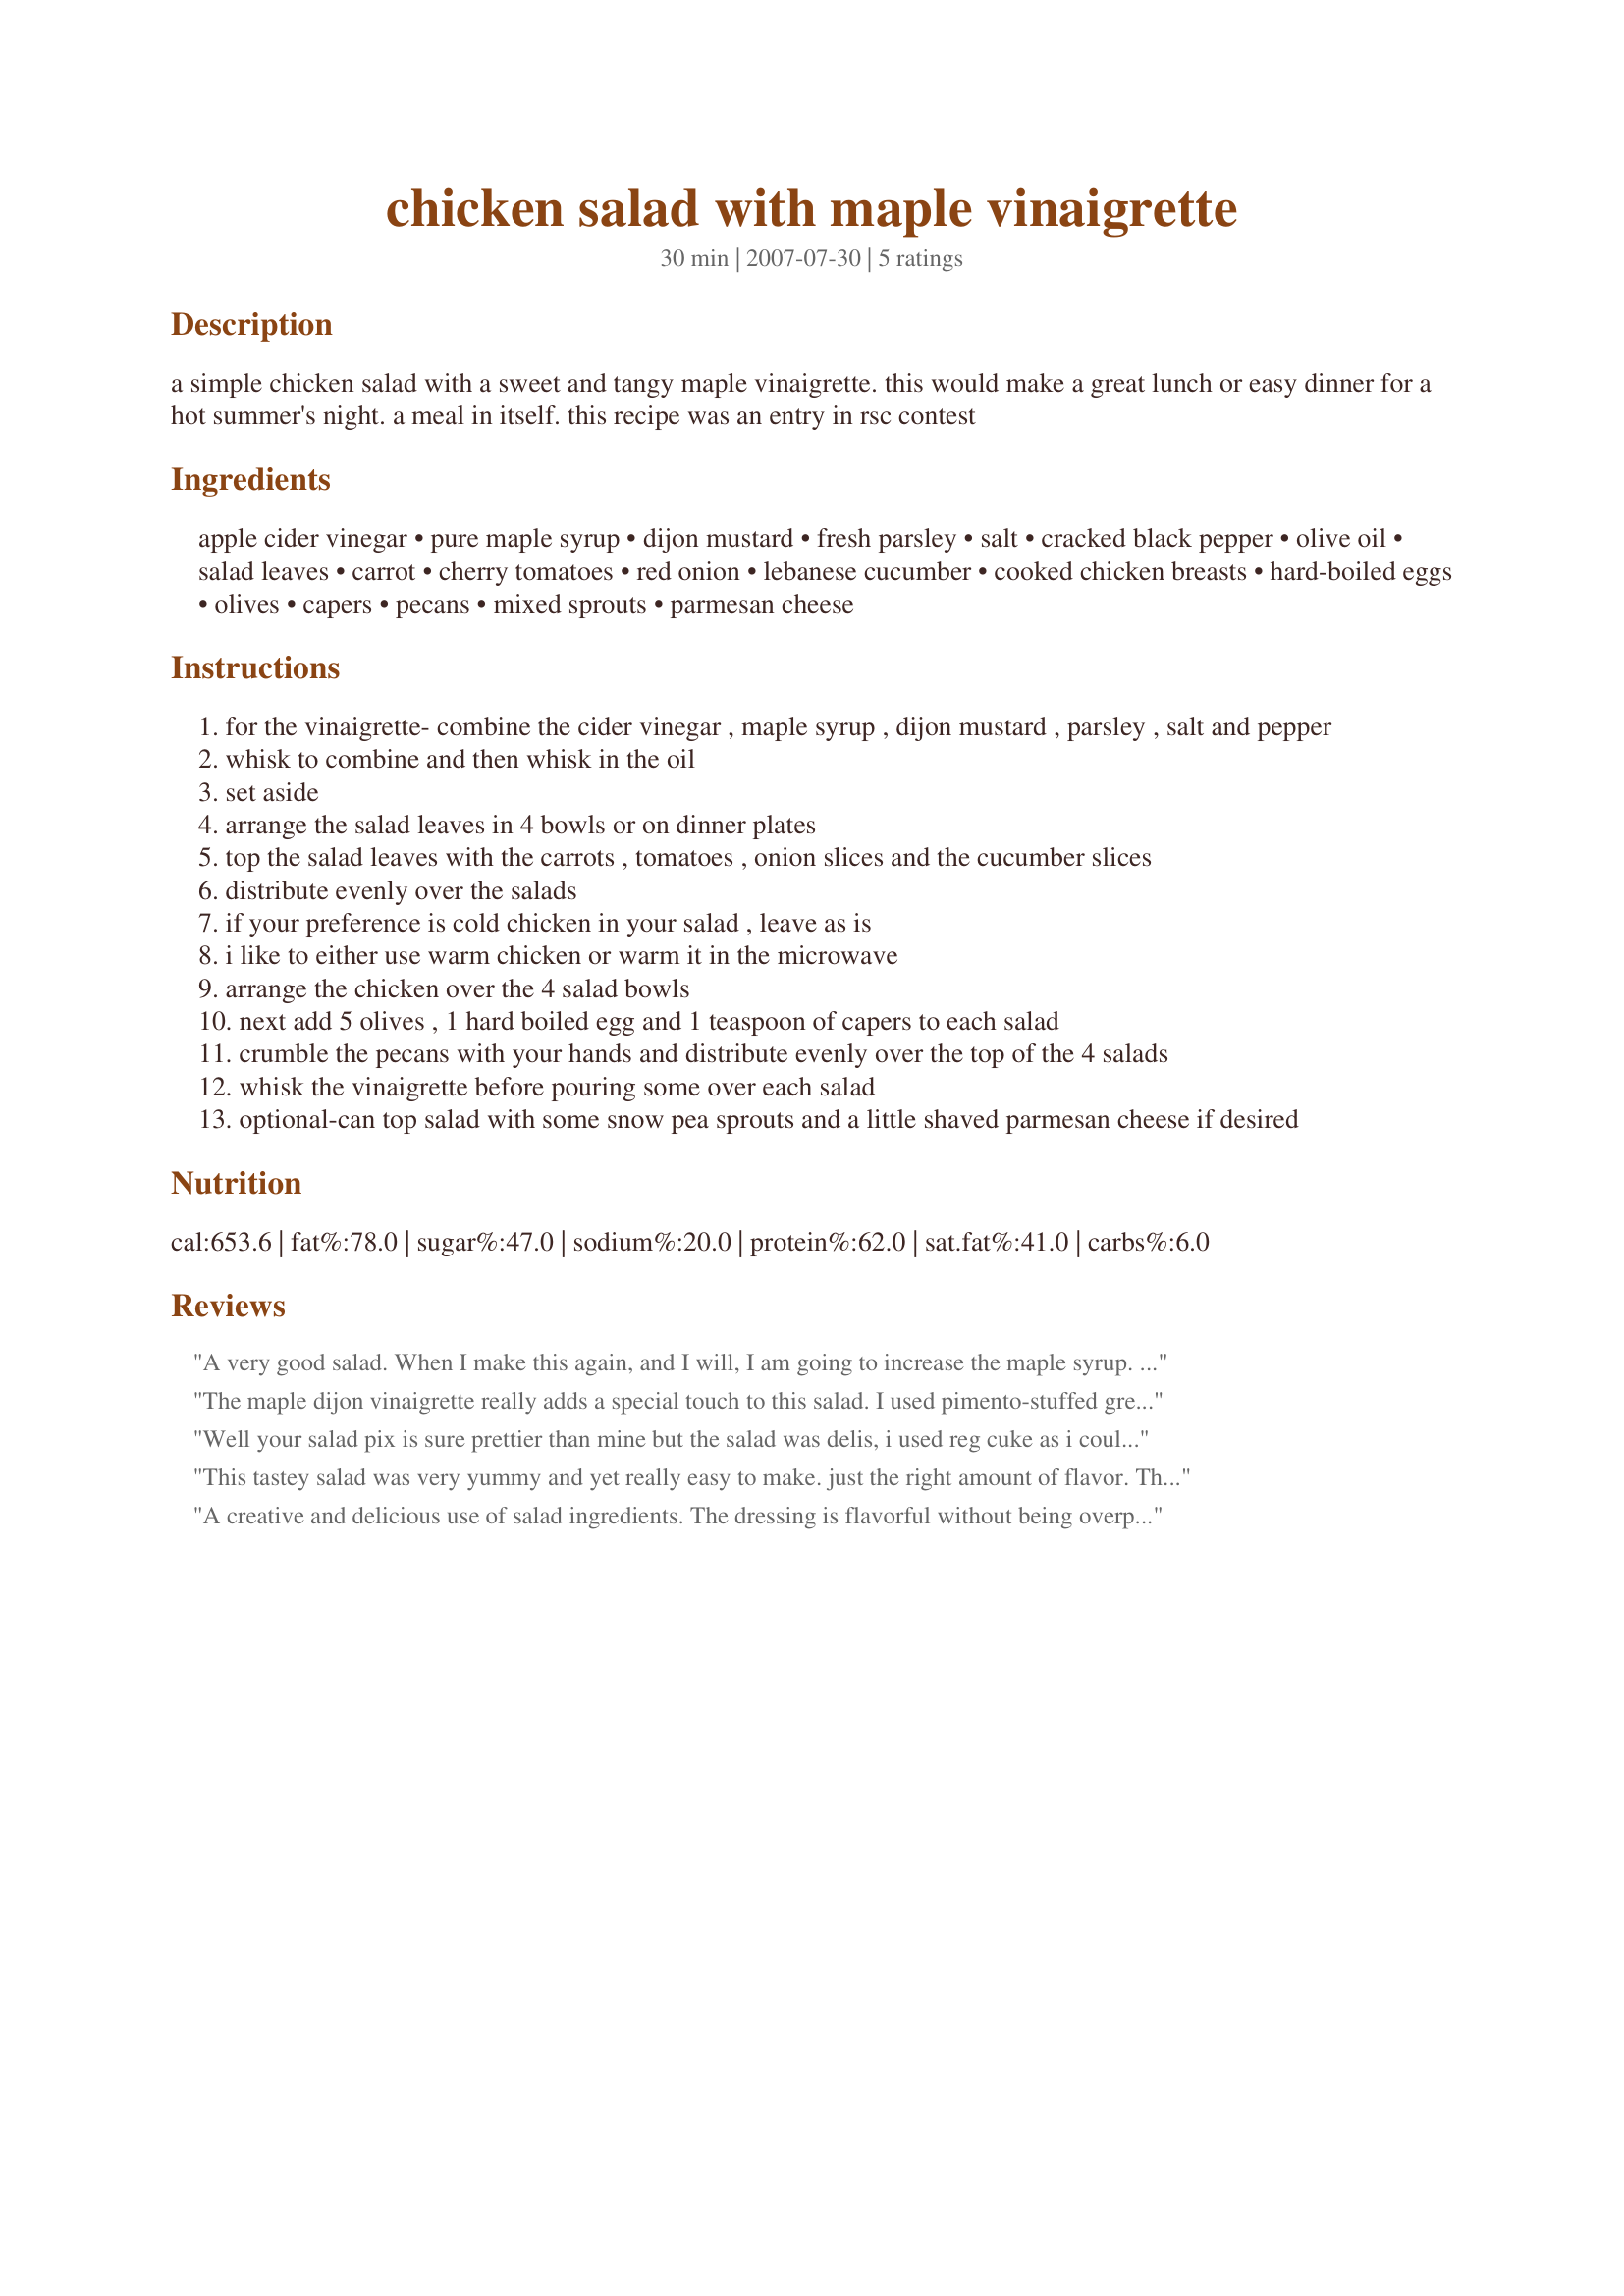
chicken salad with maple vinaigrette
Preparation time: 30 minutes

a simple chicken salad with a sweet and tangy maple vinaigrette. this would make a great lunch or easy dinner for a hot summer's night. a meal in itself. this recipe was an entry in rsc contest

Ingredients:
apple cider vinegar, pure maple syrup, dijon mustard, fresh parsley, salt, cracked black pepper, olive oil, salad leaves, carrot, cherry tomatoes, red onion, lebanese cucumber, cooked chicken breasts, hard-boiled eggs, olives, capers, pecans, mixed sprouts, parmesan cheese

Steps:
for the vinaigrette- combine the cider vinegar , maple syrup , dijon mustard , parsley , salt and pepper
whisk to combine and then whisk in the oil
set aside
arrange the salad leaves in 4 bowls or on dinner plates
top the salad leaves with the carrots , tomatoes , onion slices and the cucumber slices
distribute evenly over the salads
if your preference is cold chicken in your salad , leave as is
i like to either use warm chicken or warm it in the microwave
arrange the chicken over the 4 salad bowls
next add 5 olives , 1 hard boiled egg and 1 teaspoon of capers to each salad
crumble the pecans with your hands and distribute evenly over the top of the 4 salads
whisk the vinaigrette before pouring some over each salad
optional-can top salad with some snow pea sprouts and a little shaved parmesan cheese if desired

Reviews:
A very good salad. When I make this again, and I will, I am going to increase the maple syrup. I did use pure maple syrup-it is the only kind to buy. Thanks for sharing, Jubes. Made for ZWT4 the Flying Dutchess'.
The maple dijon vinaigrette really adds a special touch to this salad. I used pimento-stuffed green olives and warmed my chicken up in the microwave first. I tasted the dressing and felt it needed more maple syrup, so added a bit more. I had thought of warming the dressing up before adding, but by the time I finished putting the salad together, I forgot all about it! Next time, I think I would warm the dressing just slightly. Made for ZWT4.
Well your salad pix is sure prettier than mine but the salad was delis, i used reg cuke as i couldn't find lebanese, but from your descrip i wish i could, however, i used romaine as that's the only kind i can eat also. Salad dressing was very tasty. I like the combo of dijon and maple syrup and i just happened to have some pure maple syrup thanks to my swap partner.
You did a great job in using the 5 required ingred. Absolutely a keeper.
This tastey salad was very yummy and yet really easy to make. just the right amount of flavor. Thanks for sharing. We will use this often.
A creative and delicious use of salad ingredients. The dressing is flavorful without being overpowering. Thanks for sharing!
